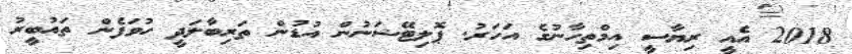
2018 އެއީ ރިޔާސީ އިމްތިހާނުގެ އަހަރު. ޕޮލިޓޭޝަނުން އުޑުން ތަރިބާލަދީ ހުވަފެން ތައުބީރު